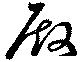
殿